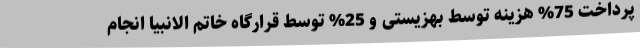
پرداخت 75% هزینه توسط بهزیستی و 25% توسط قرارگاه خاتم الانبیا انجام